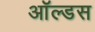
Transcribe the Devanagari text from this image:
ऑल्डस